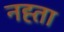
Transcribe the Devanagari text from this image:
नह्ता